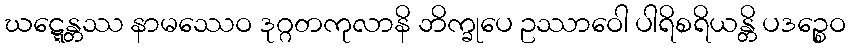
ဃဋ္ဋေန္တဿ နာမဿေဝ ဒုဂ္ဂတကုလာနိ ဘိက္ခုပေ ဥဿာဝေါ ပါရိစရိယန္တိ ပဒဉ္စေဝ